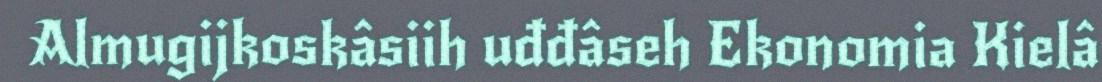
Almugijkoskâsiih uđđâseh Ekonomia Kielâ